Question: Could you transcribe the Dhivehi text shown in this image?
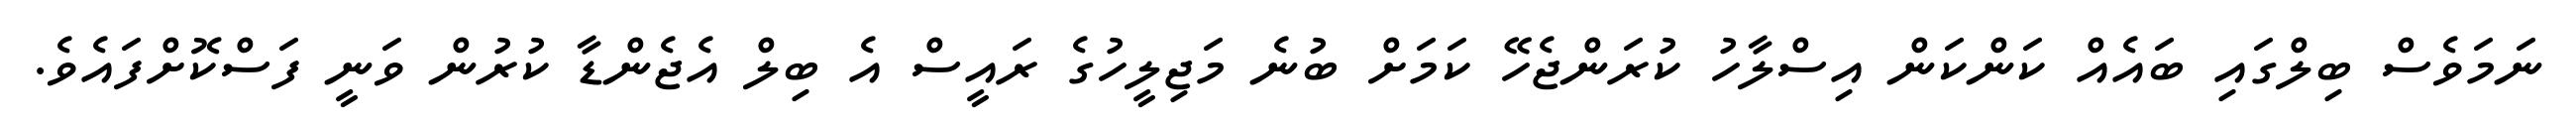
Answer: ނަމަވެސް ބިލްގައި ބައެއް ކަންކަން އިސްލާހު ކުރަންޖެހޭ ކަމަށް ބުނެ މަޖިލީހުގެ ރައީސް އެ ބިލް އެޖެންޑާ ކުރުން ވަނީ ފަސްކޮށްފައެވެ.